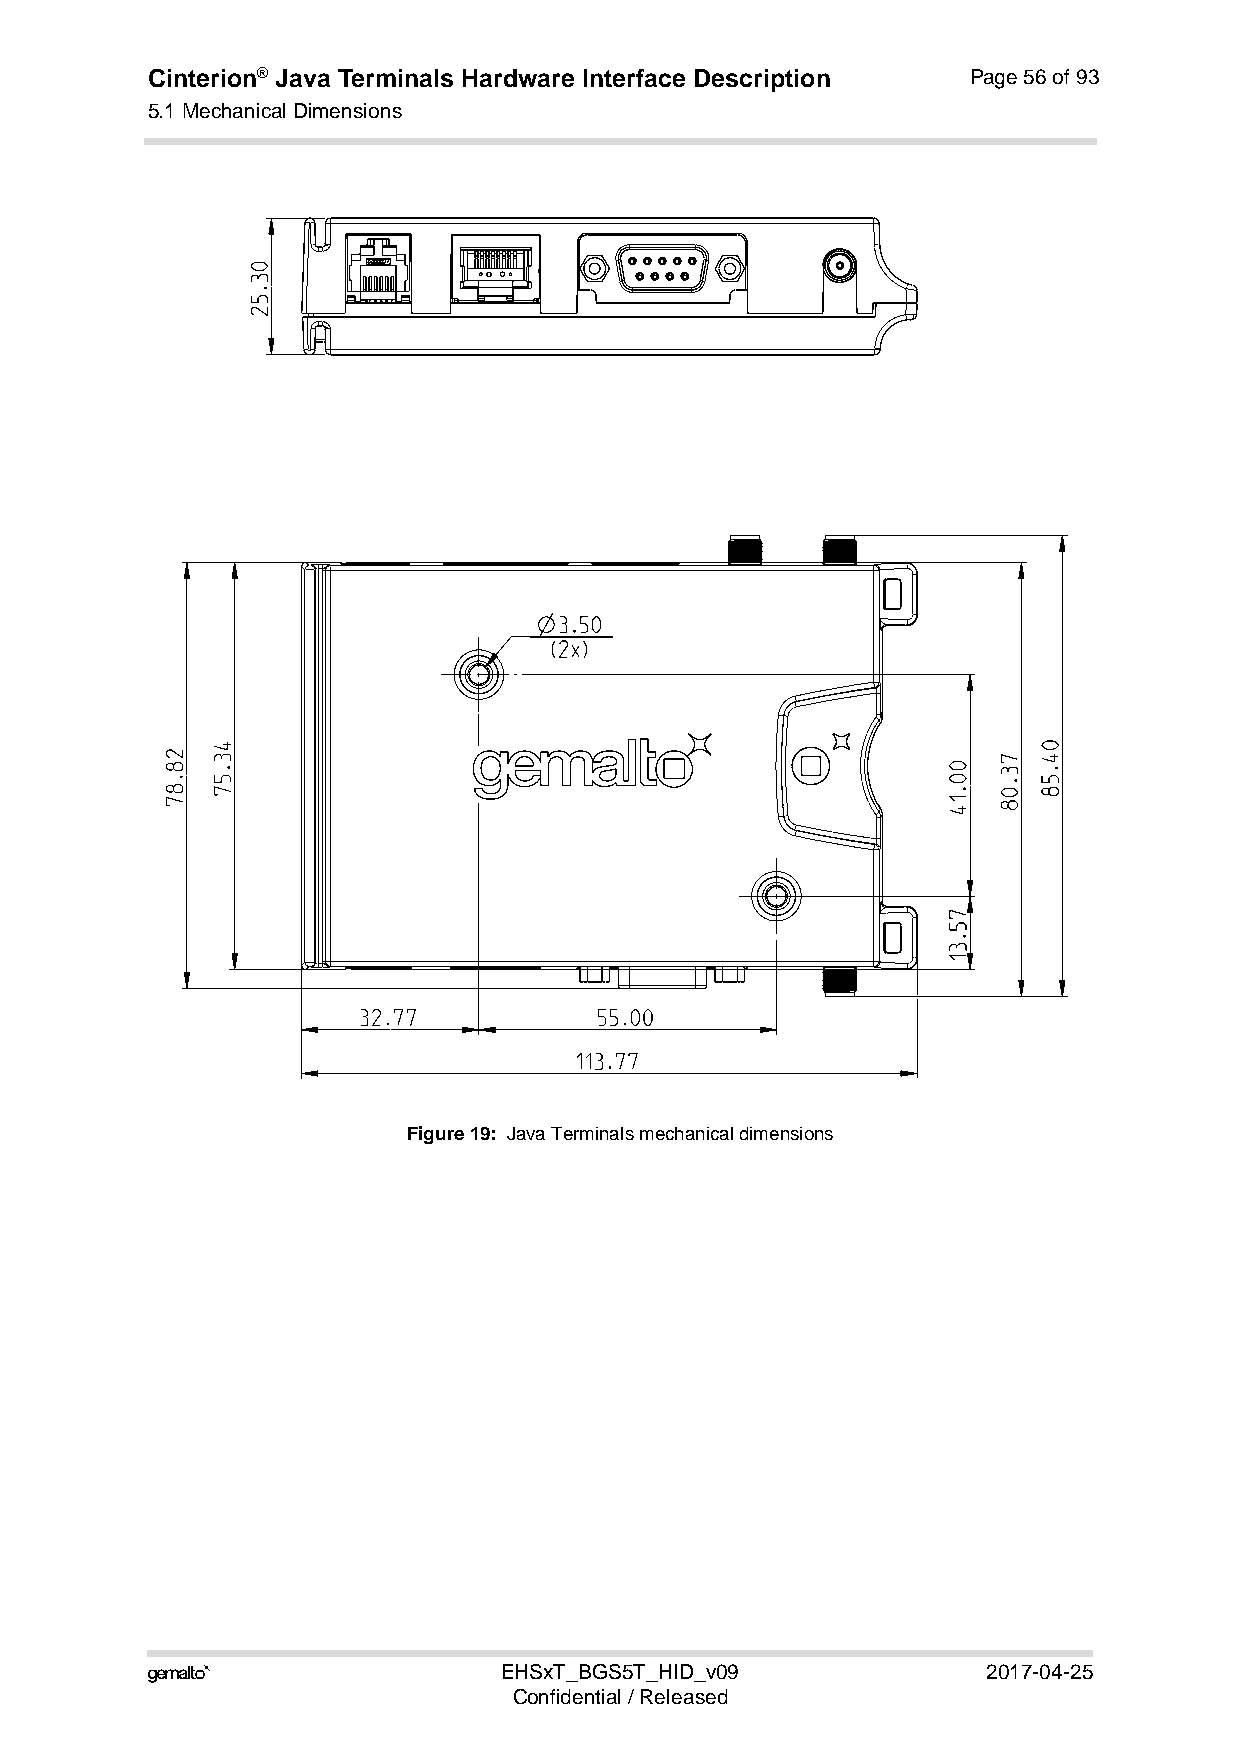
Cinterion® Java Terminals Hardware Interface Description Page 56 of 93
 5.1 Mechanical Dimensions
 59
 Figure 19: Java Terminals mechanical dimensions
                       EHSxT_BGS5T_HID_v09             2017-04-25
 Confidential / Released